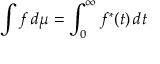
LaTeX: \int f \, d \mu = \int _ { 0 } ^ { \infty } f ^ { * } ( t ) \, d t